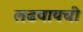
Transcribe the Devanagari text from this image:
लढवायची